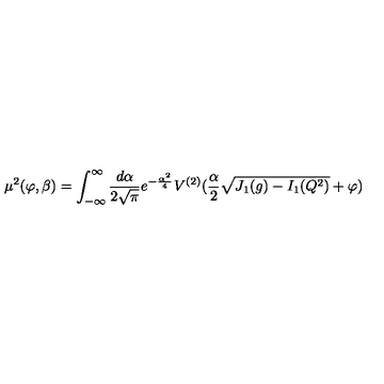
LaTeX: \mu ^ { 2 } ( \varphi , \beta ) = \int _ { - \infty } ^ { \infty } { \frac { d \alpha } { 2 \sqrt { \pi } } } e ^ { - { \frac { \alpha ^ { 2 } } { 4 } } } V ^ { ( 2 ) } ( { \frac { \alpha } { 2 } } \sqrt { J _ { 1 } ( g ) - I _ { 1 } ( Q ^ { 2 } ) } + \varphi )